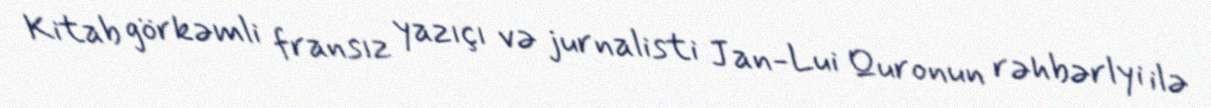
Kitab görkəmli fransız yazıçı və jurnalisti Jan-Lui Quronun rəhbərlyi ilə